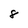
Character: 8